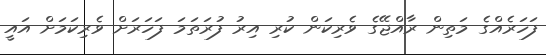
ފަހަރެއްގެ މަތިން ރާއްޖޭގެ ވެރިކަން ކުރި އިރު ފުރަތަމަ ފަހަރަށް ވެރިކަމަށް އައީ